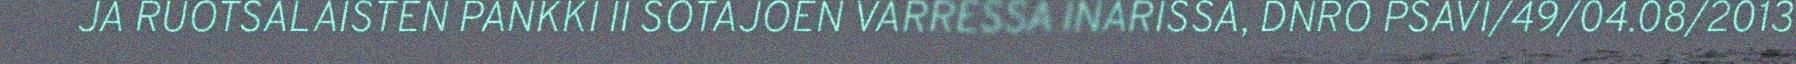
JA RUOTSALAISTEN PANKKI II SOTAJOEN VARRESSA INARISSA, DNRO PSAVI/49/04.08/2013